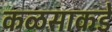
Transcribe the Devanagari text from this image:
कळसाकडे